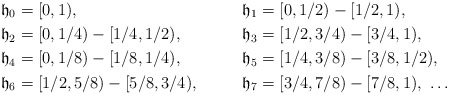
\begin{align*}&\mathfrak{h}_0=[0,1), && \mathfrak{h}_1=[0,1/2)-[1/2,1),\\&\mathfrak{h}_2=[0,1/4)-[1/4,1/2), && \mathfrak{h}_3=[1/2,3/4)-[3/4,1),\\&\mathfrak{h}_4=[0,1/8)-[1/8,1/4),&& \mathfrak{h}_5=[1/4,3/8)-[3/8,1/2),\\&\mathfrak{h}_6=[1/2,5/8)-[5/8,3/4),&& \mathfrak{h}_7=[3/4,7/8)-[7/8,1), \,\,\ldots\end{align*}